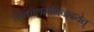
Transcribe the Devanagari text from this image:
त्रिकालमभिवादयेत्